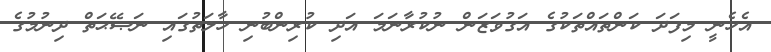
އެހެނީ މިފަދަ ކަންތައްތަކުގެ އަގުވަޒަން ނުކުރާނަމަ އަދި ކުރިންބުނި ހާލަތުގައި ނަޞޭޙަތް ދިނުމުގެ